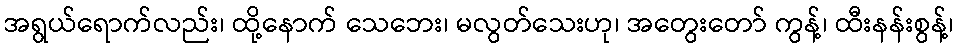
အရွယ်ရောက်လည်း၊ ထို့နောက် သေဘေး၊ မလွတ်သေးဟု၊ အတွေးတော် ကွန့်၊ ထီးနန်းစွန့်၊